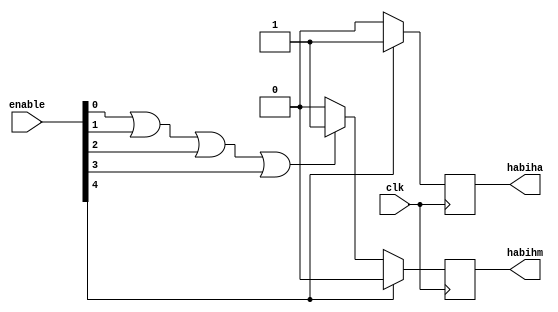
`timescale 1ns / 1ps
//////////////////////////////////////////////////////////////////////////////////
// Company: 
// 
// Design Name: 
// Module Name:    Decodificador_teclado 
// Project Name: 
// Target Devices: 
// Tool versions: 
// Description: 
//
// Dependencies: 
//
// Revision: 
// Revision 0.01 - File Created
// Additional Comments: 
//
//////////////////////////////////////////////////////////////////////////////////
module Decodificador_teclado(clk, enable, habiha, habihm);
	input [4:0] enable;
	input clk;
	output reg habiha, habihm;
	always @(posedge clk)
		begin
			if (enable[4]==1)begin
					habiha = 1;
					habihm = 0;
				end
			else if (enable[0]|enable[1]|enable[2]|enable[3])begin
					habiha = 0;
					habihm = 1;
				end
			else 
				begin
					habiha = 0;
					habihm = 0;
				end
		end
endmodule